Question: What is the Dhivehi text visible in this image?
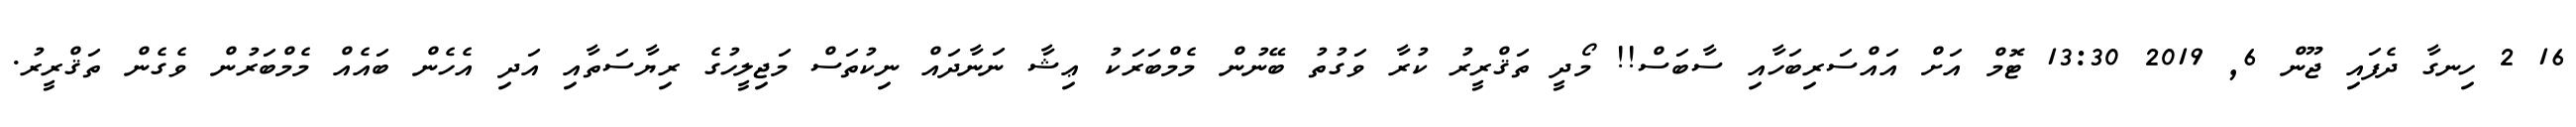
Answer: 16 2 ހިނގާ ދެފައި ޖޫން 6, 2019 13:30 ޓޮމް އަށް އައްސަރިބަހާއި ސާބަސް!! މޯދީ ތަޤްރީރު ކުރާ ވަގުތު ބޭނުން މެމްބަރަކު ޢިޝާ ނަނާދައް ނިކުތަސް މަޖިލީހުގެ ރިޔާސަތާއި އަދި އެހެން ބައެއް މެމްބަރުން ވެގެން ތަޤްރީރު.